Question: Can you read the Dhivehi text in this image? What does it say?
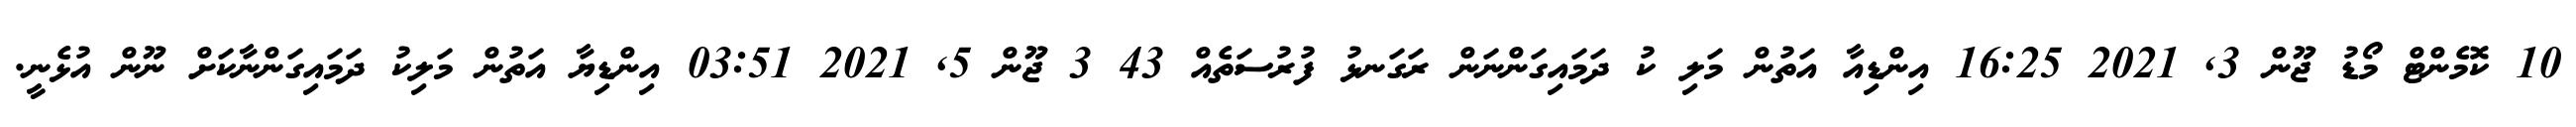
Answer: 10 ކޮމެންޓް މޯޑު ޖޫން 3, 2021 16:25 އިންޑިއާ އަތުން މަލި ކު ދަމައިގަންނަން ރަގަނޅު ފުރުސަތެއް 43 3 ޖޫން 5, 2021 03:51 އިންޑިޔާ އަތުން މަލިކު ދަމައިގަންނާކަށް ނޫން އުޅެނީ.